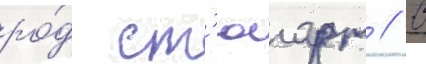
ро́д ст'юарт // В